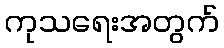
ကုသရေးအတွက်